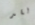
لقد